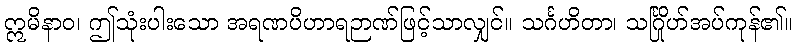
ဣမိနာဝ၊ ဤသုံးပါးသော အရဏပိဟာရဉာဏ်ဖြင့်သာလျှင်။ သင်္ဂဟိတာ၊ သင်္ဂြိုဟ်အပ်ကုန်၏။